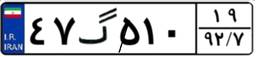
۴۷گ۵۱۰۱۹